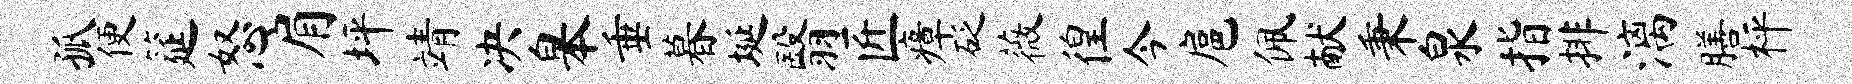
孤便筵怒肩坪靖决皋垂暮埏翳匠瘴砭薇徨今扈佩献秉泉指排漓膳枰